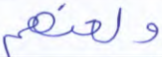
ولعنهم